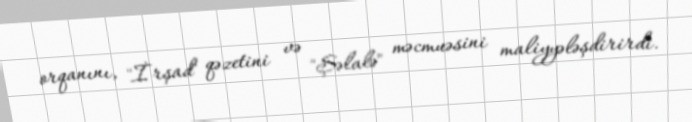
orqanını, "İrşad" qəzetini və "Şəlalə" məcmuəsini maliyyələşdirirdi.